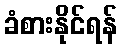
ခံစားနိုင်ရန်